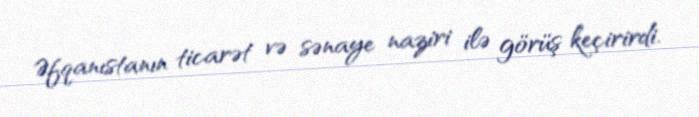
Əfqanıstanın ticarət və sənaye naziri ilə görüş keçirirdi.